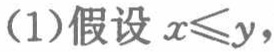
(1)假设 \(x\leqslant y\)，